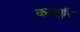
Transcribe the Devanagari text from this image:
कलमुरि